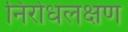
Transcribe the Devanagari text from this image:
निरोधलक्षण